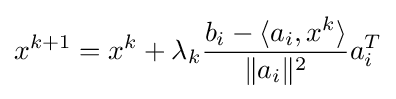
x^{k+1}=x^{k}+\lambda _{k}{\frac {b_{i}-\langle a_{i},x^{k}\rangle }{\|a_{i}\|^{2}}}a_{i}^{T}